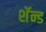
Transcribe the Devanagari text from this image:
शॅन्ड